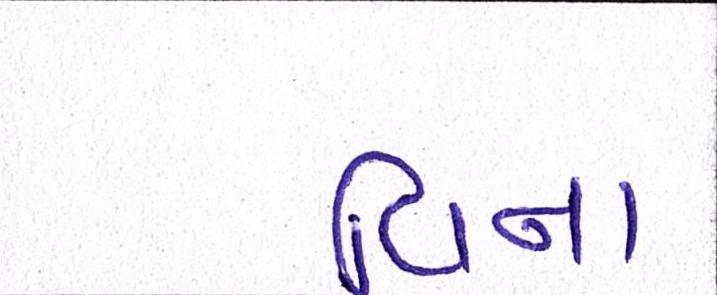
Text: વિના